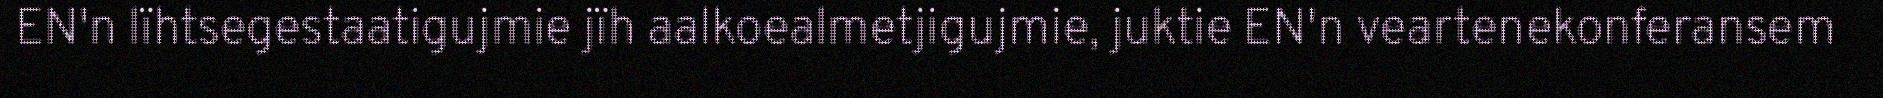
EN'n lïhtsegestaatigujmie jïh aalkoealmetjigujmie, juktie EN'n veartenekonferansem